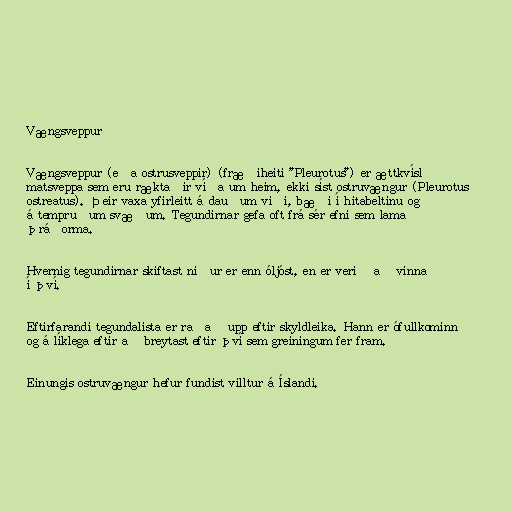
Vængsveppur

Vængsveppur (eða ostrusveppir) (fræðiheiti "Pleurotus") er ættkvísl
matsveppa sem eru ræktaðir víða um heim, ekki síst ostruvængur (Pleurotus
ostreatus). Þeir vaxa yfirleitt á dauðum viði, bæði í hitabeltinu og
á tempruðum svæðum. Tegundirnar gefa oft frá sér efni sem lama
þráðorma.

Hvernig tegundirnar skiftast niður er enn óljóst, en er verið að vinna
í því.

Eftirfarandi tegundalista er raðað upp eftir skyldleika. Hann er ófullkominn
og á líklega eftir að breytast eftir því sem greiningum fer fram.

Einungis ostruvængur hefur fundist villtur á Íslandi.